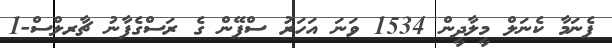
ޕެނަމާ ކެނަލް މީލާދީން 1534 ވަނަ އަހަރު ސްޕޭން ގެ ރަސްގެފާނު ޗާރލްސް-1